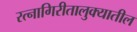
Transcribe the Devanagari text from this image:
रत्‍नागिरीतालुक्यातील